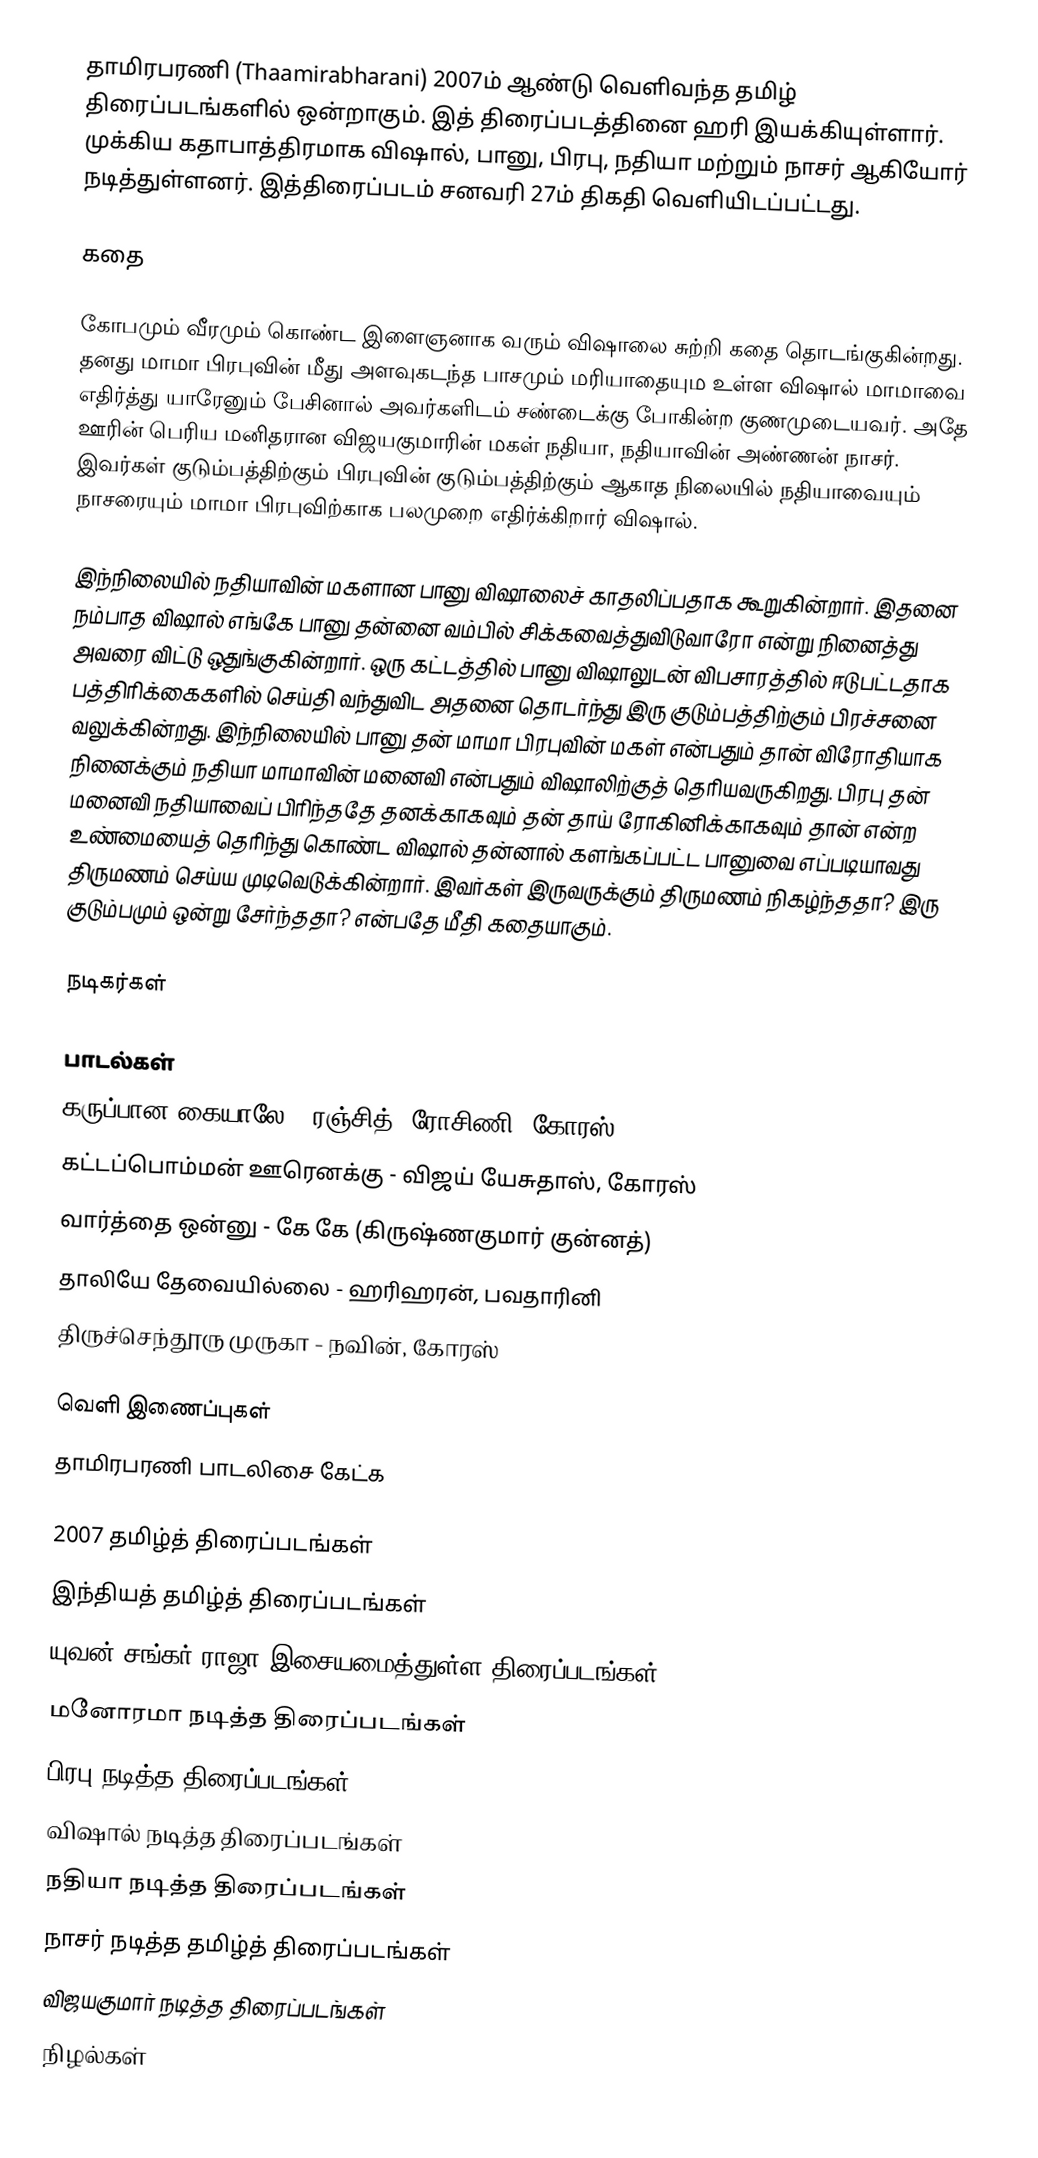
தாமிரபரணி (Thaamirabharani) 2007ம் ஆண்டு வெளிவந்த தமிழ் திரைப்படங்களில் ஒன்றாகும். இத் திரைப்படத்தினை ஹரி இயக்கியுள்ளார். முக்கிய கதாபாத்திரமாக விஷால், பானு, பிரபு, நதியா மற்றும் நாசர் ஆகியோர் நடித்துள்ளனர். இத்திரைப்படம் சனவரி 27ம் திகதி வெளியிடப்பட்டது.

கதை

கோபமும் வீரமும் கொண்ட இளைஞனாக வரும் விஷாலை சுற்றி கதை தொடங்குகின்றது. தனது மாமா பிரபுவின் மீது அளவுகடந்த பாசமும் மரியாதையும உள்ள விஷால் மாமாவை எதிர்த்து யாரேனும் பேசினால் அவர்களிடம் சண்டைக்கு போகின்ற குணமுடையவர். அதே ஊரின் பெரிய மனிதரான விஜயகுமாரின் மகள் நதியா, நதியாவின் அண்ணன் நாசர். இவர்கள் குடும்பத்திற்கும் பிரபுவின் குடும்பத்திற்கும் ஆகாத நிலையில் நதியாவையும் நாசரையும் மாமா பிரபுவிற்காக பலமுறை எதிர்க்கிறார் விஷால்.

இந்நிலையில் நதியாவின் மகளான பானு விஷாலைச் காதலிப்பதாக கூறுகின்றார். இதனை நம்பாத விஷால் எங்கே பானு தன்னை வம்பில் சிக்கவைத்துவிடுவாரோ என்று நினைத்து அவரை விட்டு ஒதுங்குகின்றார். ஒரு கட்டத்தில் பானு விஷாலுடன் விபசாரத்தில் ஈடுபட்டதாக பத்திரிக்கைகளில் செய்தி வந்துவிட அதனை தொடர்ந்து இரு குடும்பத்திற்கும் பிரச்சனை வலுக்கின்றது. இந்நிலையில் பானு தன் மாமா பிரபுவின் மகள் என்பதும் தான் விரோதியாக நினைக்கும் நதியா மாமாவின் மனைவி என்பதும் விஷாலிற்குத் தெரியவருகிறது. பிரபு தன் மனைவி நதியாவைப் பிரிந்ததே தனக்காகவும் தன் தாய் ரோகினிக்காகவும் தான் என்ற உண்மையைத் தெரிந்து கொண்ட விஷால் தன்னால் களங்கப்பட்ட பானுவை எப்படியாவது திருமணம் செய்ய முடிவெடுக்கின்றார். இவர்கள் இருவருக்கும் திருமணம் நிகழ்ந்ததா? இரு குடும்பமும் ஒன்று சேர்ந்ததா? என்பதே மீதி கதையாகும்.

நடிகர்கள்

பாடல்கள்
 கருப்பான கையாலே - ரஞ்சித், ரோசிணி, கோரஸ்
 கட்டப்பொம்மன் ஊரெனக்கு - விஜய் யேசுதாஸ், கோரஸ்
 வார்த்தை ஒன்னு - கே கே (கிருஷ்ணகுமார் குன்னத்)
 தாலியே தேவையில்லை - ஹரிஹரன், பவதாரினி
 திருச்செந்தூரு முருகா - நவின், கோரஸ்

வெளி இணைப்புகள்
 தாமிரபரணி பாடலிசை கேட்க

2007 தமிழ்த் திரைப்படங்கள்
இந்தியத் தமிழ்த் திரைப்படங்கள்
யுவன் சங்கர் ராஜா இசையமைத்துள்ள திரைப்படங்கள்
மனோரமா நடித்த திரைப்படங்கள்
பிரபு நடித்த திரைப்படங்கள்
விஷால் நடித்த திரைப்படங்கள்
நதியா நடித்த திரைப்படங்கள்
நாசர் நடித்த தமிழ்த் திரைப்படங்கள்
விஜயகுமார் நடித்த திரைப்படங்கள்
நிழல்கள்